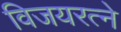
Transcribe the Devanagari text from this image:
विजयरत्ने